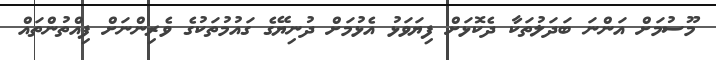
މޫސުމަށް އަންނަ ބަދަލުތަކާ ދެކޮޅަށް ފިޔަވަޅު އެޅުމަށް ދުނިޔޭގެ ގައުމުތަކުގެ ވެރިންނަށް ފިއްތުންތައް